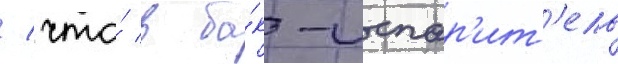
/ что́ в ба́к-испар'ит'ель